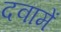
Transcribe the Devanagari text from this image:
दवामें